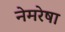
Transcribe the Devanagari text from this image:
नेमरेषा